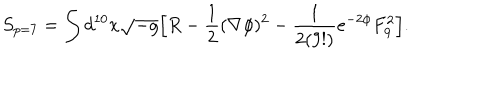
LaTeX: S _ { p = 7 } = \int d ^ { 1 0 } x \sqrt { - g } \Big [ R - { \frac { 1 } { 2 } } ( \nabla \phi ) ^ { 2 } - { \frac { 1 } { 2 ( 9 ! ) } } e ^ { - 2 \phi } F _ { 9 } ^ { 2 } \Big ] .